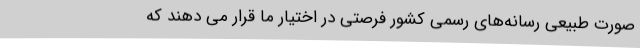
صورت طبیعی رسانه‌های رسمی کشور فرصتی در اختیار ما قرار می دهند که